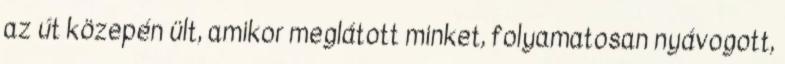
az út közepén ült, amikor meglátott minket, folyamatosan nyávogott,